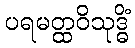
ပရမတ္ထဝိသုဒ္ဓိံ